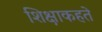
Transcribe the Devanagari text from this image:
शिक्षाकहते